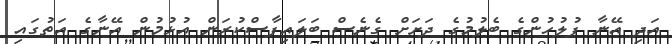
އަދި އޭނާ ފުލުހުންގެ ބެލުމުގެ ދަށަށް ގެނެސް ބަލައިފާސްކުރަން އުޅުމުން އޭނާގެ އަތުގައި